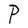
Character: P